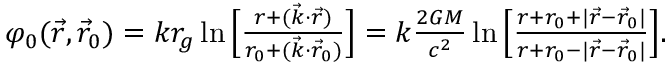
\begin{array} { r } { \varphi _ { 0 } ( \vec { r } , \vec { r } _ { 0 } ) = k r _ { g } \ln \Big [ \frac { r + ( \vec { k } \cdot \vec { r } ) } { r _ { 0 } + ( \vec { k } \cdot \vec { r } _ { 0 } ) } \Big ] = k \frac { 2 G M } { c ^ { 2 } } \ln \Big [ \frac { r + r _ { 0 } + | { \vec { r } } - { \vec { r } } _ { 0 } | } { r + r _ { 0 } - | { \vec { r } } - { \vec { r } } _ { 0 } | } \Big ] . } \end{array}